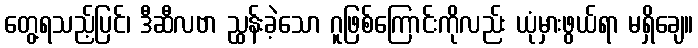
တွေ့ရသည့်ပြင်၊ ဒီဆီလဗာ ညွှန်းခဲ့သော ဂူဖြစ်ကြောင်းကိုလည်း ယုံမှားဖွယ်ရာ မရှိချေ။